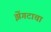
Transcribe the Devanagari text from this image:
झेंगटाचा